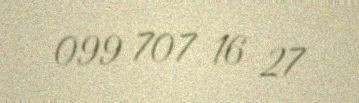
099 707 16 27